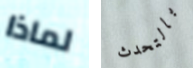
لماذا بالتحدث